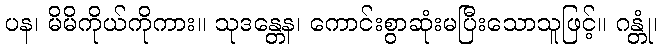
ပန၊ မိမိကိုယ်ကိုကား။ သုဒန္တေန၊ ကောင်းစွာဆုံးမပြီးသောသူဖြင့်။ ဂန္တုံ၊